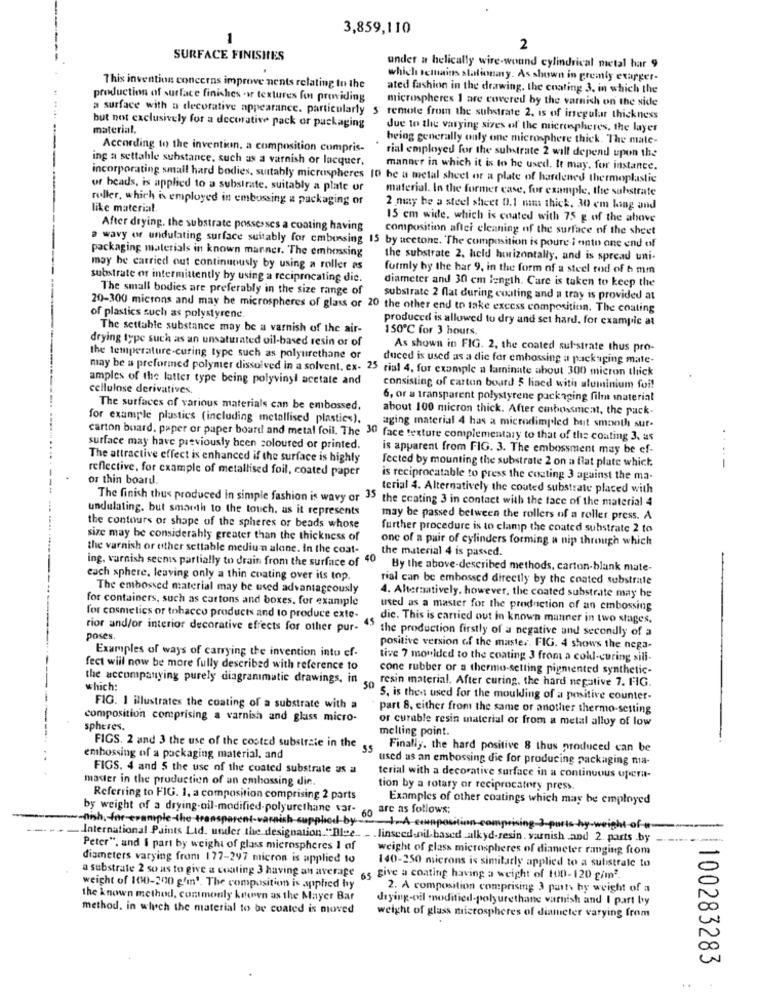
3,859,110
2
SURFACE FINISHES
under a belically wire-wound cylindrical metal har 9
which tettmains stationany. As shown in premly exagger-
This invention concerns improve ments relating In the
ated fashion in the drawing. the coating 3, in which the
production of surface finishes .or textures for providing
microspheres 1 are covered by the varnish on the side
a surface with a decorative appearance. particularly
remote from the substrate 2. is of irregular thickness
but not exclusively for a decorative pack or packaging
material.
due to the varying sizes of the microspheres, the layer
being generally only one microsphere thick. The mate-
According to the invention. a composition compris-
ing a settahle substance, such as a varnish or lacquer.
rial employed for the substrate 2 will depend upon the
manner in which it is to be used, It may, for instance.
incorporating small hard bodies, suitably microspheres 10 he a metal sheet or a plate of hardened thermoplastic
of heads, is applied to a substrate. suitably a plate or
material. In the former case, for example, the substrate
ruller, which is employed in embossing a packaging of
like material.
2 may be a steel sheet 0.1 mm thick. 30 em ling and
15 cm wide, which is coated with 75 g of the above
After drying. the substrate possesses a coating having
composition after cleaning of the surface of the sheet
packaging materials in known marner. The embossing
a wavy or undulating surface suitably for cmbossing 15 by acetone. The composition is poure i ento one end of
the substrate 2. held horizontally, and is spread uni-
may be carried out continuously by using a roller as
formly by the har 9, in the form of a steel rod of 6 mm
substrate or intermittently by using a reciprocating die.
diameter and 30 cm length. Care is taken to keep the
The small bodies are preferably in the size range of
substrate 2 flat during coating and a tray is provided at
20-300 microns and may be microspheres of glass or 20 the other end to take excess composition. The coating
of plastics such as polystyrene.
produced is allowed to dry and set hard, for exampic at
The settable substance may be a varnish of the air-
150℃ for 3 hours.
drying type such as an unsaturated oil-based resin or of
As shown in FIG. 2. the coated substrate thus pro-
the temperature-curing type such as polyurethane or
duced is used as a die for embossing a packaging mate-
may be a preformed polymer dissolved in a solvent. ex- 25 rial 4, for example a laminate about 300 micron thick
amples of the latter type being polyvinyl acetate and
cellulose derivatives.
consisting of carton board 5 lined with aluminium foi!
6, or a transparent polystyrene packaging filme material
The surfaces of various materials can be embossed.
about 100 micron thick. After cinbossmeat, the pack.
for example plastics (including metallised plastics).
aging material 4 has a microdimpled but smooth sur-
carton board. paper or paper board and metal foil, The 30 face texture complementary to that of the coating 3. as
..
surface may have previously been coloured or printed.
is apparent from FIG. 3. The embossment may be ef-
The attractive effect is enhanced if the surface is highly
fected by mounting the substrate 2 on a flat plate which.
reflective, for example of metallised foil, coated paper
-
or thin board.
is reciprocatable to press the coating 3 against the ma-
terial 4. Alternatively the couted substrate placed with
The finish thus produced in simple fashion is wavy or 35 the ceating 3 in contact with the face of the material 4
undulating. but smooth to the touch, as it represents
may be passed between the rollers of a roller press. A
the contours or shape of the spheres or beads whose
further procedure is to clamp the coated substrate 2 to
size may be considerably greater than the thickness of
one of a pair of cylinders forming a nip through which
the varnish or other settable medium alone. In the coat-
the material 4 is passed.
ing. varnish seenis partially to drain from the surface of 40
By the above-described methods, carton-blank mate-
each sphere, leaving only a thin coating over its top.
rial can be embossed directly by the coated substrate
The embossed material may be used advantageously
for containers, such as cartons and boxes. for example
4. Alternatively. however, the coated substrate may be
used as a master for the production of an embossing
for cosmetics or tobacco products and to produce exte-
45
die. This is carried out in known manner in two stages.
rior and/or interior decorative effects for other pur-
the production firstly of a negative and secondly of a
poses.
positive version of the master. FIG. 4 shows the nega-
Examples of ways of carrying the invention into ef-
tive 7 moulded to the coating 3 from a coldl-curing sill-
fect will now be more fully described with reference to
cone rubber or a thermo-setting pigmented synthetic-
the accompanying purely diagrammatic drawings, in
resin material. After curing, the hard negative 7. FIG.
which:
50
S. is then used for the moulding of a positive counter-
FIG. 1 illustrates the coating of a substrate with a
part 8. either from the same or another thermo-setting
composition comprising a varnish and glass micro-
or curable resin material or from a metal alloy of low
spheres.
melting point.
FIGS. 2 and 3 the use of the cooted substrate in the
Finally. the hard positive 8 thus produced can be
embossing of a packaging material, and
used as an embossing die for producing packaging na-
FIGS. 4 and 5 the use of the coated substrate as a
master in the production of an embossing die.
terial with a decorative surface in a continuous ofera-
tion by a rotary or reciprocatery press.
Referring to FIG. 1. a composition comprising 2 parts
Examples of other coatings which may be employed
by weight of a drying-oil-modified-polyurethane var-6
are as follows;
-- nish, for example-the-transparent-varnish-supplied-by --- A-composi
hy-wright-
International Paints Lid. under the designation."Ble .. . . linseed.oil-based_alkyd-resin. varnish and 2. parts .by
Peter", and I part by weight of glass microspheres I af
weight of glass microspheres of diameter ranging from
diameters varying from 177-297 micron is applied to
140-250 microns is similarly applied to a sulistrate to
a substrate 2 so as to give a coating 3 having an average "5 give a coating having a weight of 100-120 g/m2.
weight of 100-200 g'1. The composition is applied by
2. A composition comprising 3 pasty by weight of a
the known method, contmonly known as the Mayer Bar
drying-oil modified-polyurethane varnish and I part by
method. in wlech the material to be coated is moved
weight of glass microspheres of diameter varying from
100283283